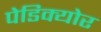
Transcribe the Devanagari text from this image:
पेडिक्‍योर